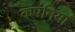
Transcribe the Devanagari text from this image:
कपंनियां